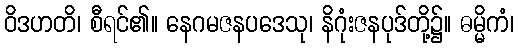
ဝိဒဟတိ၊ စီရင်၏။ နေဂမဇနပဒေသု၊ နိဂုံးဇနပုဒ်တို့၌။ ဓမ္မိကံ၊